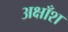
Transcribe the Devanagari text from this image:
अक्षाँश